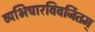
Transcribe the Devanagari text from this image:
व्यभिचारविवर्जितम्